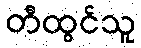
တီထွင်သူ